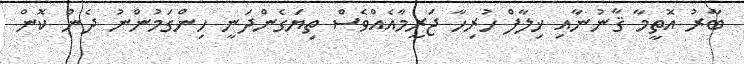
ބާރު އޮތީމާ ޤާނުނާއި ޚިލާފް ހުރިހާ ޖަރީމާއެއްވެސް ތިޔަގެންދަނީ ހިންގަމުންނު ދެން ކޮން